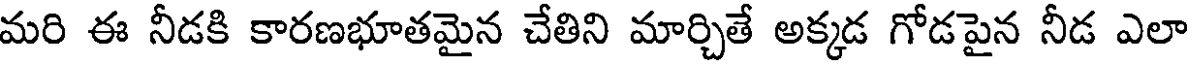
మరి ఈ నీడకి కారణభూతమైన చేతిని మార్చితే అక్కడ గోడపైన నీడ ఎలా